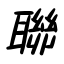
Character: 聯